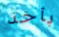
بأخذ